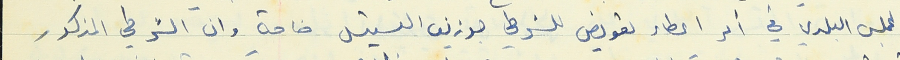
المجلس البلدي في امر اعطاء تعويض للشرطي جوزيف القسيس خاصة وان الشرطي المذكور